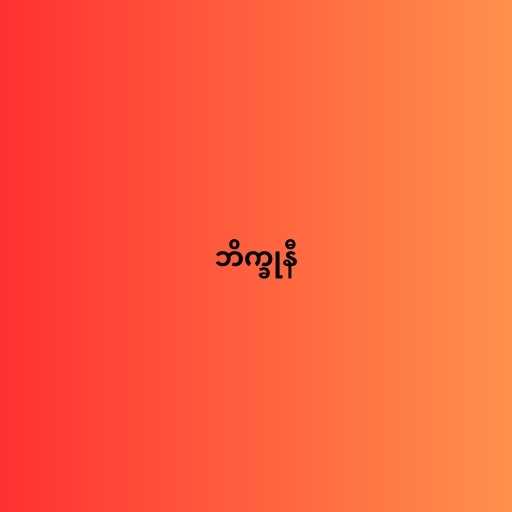
ဘိက္ခုနီ